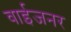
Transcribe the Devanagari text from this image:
वाईजनर